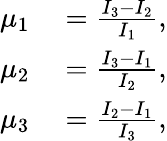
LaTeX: \begin{array}{rl}{\mu_{1}}&{{}=\frac{I_{3}-I_{2}}{I_{1}},}\\ {\mu_{2}}&{{}=\frac{I_{3}-I_{1}}{I_{2}},}\\ {\mu_{3}}&{{}=\frac{I_{2}-I_{1}}{I_{3}},}\end{array}